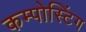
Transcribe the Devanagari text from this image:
कम्पोस्टिंग